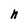
Character: h